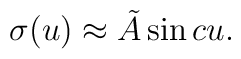
\sigma( u) \approx \tilde{A} \sin c u.